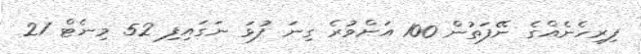
ފިރިހެނެއްގެ ނޭފަތުން 100 އަށްވުރެ ގިނަ ފުޅަ ނަގައިފި 52 މިނެޓް 21